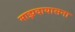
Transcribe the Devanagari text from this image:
माझदायासना